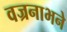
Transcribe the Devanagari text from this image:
वज्रनाभने